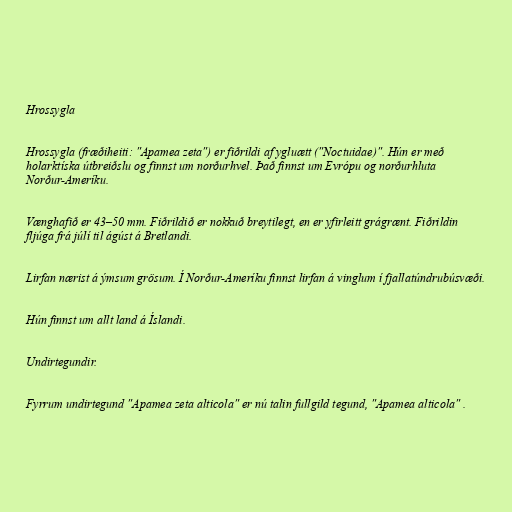
Hrossygla

Hrossygla (fræðiheiti: "Apamea zeta") er fiðrildi af ygluætt ("Noctuidae)". Hún er með
holarktíska útbreiðslu og finnst um norðurhvel. Það finnst um Evrópu og norðurhluta
Norður-Ameríku.

Vænghafið er 43–50 mm. Fiðrildið er nokkuð breytilegt, en er yfirleitt grágrænt. Fiðrildin
fljúga frá júlí til ágúst á Bretlandi.

Lirfan nærist á ýmsum grösum. Í Norður-Ameríku finnst lirfan á vinglum í fjallatúndrubúsvæði.

Hún finnst um allt land á Íslandi.

Undirtegundir.

Fyrrum undirtegund "Apamea zeta alticola" er nú talin fullgild tegund, "Apamea alticola" .